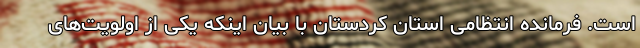
است. فرمانده انتظامی استان کردستان با بیان اینکه یکی از اولویت‌های